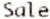
SALE